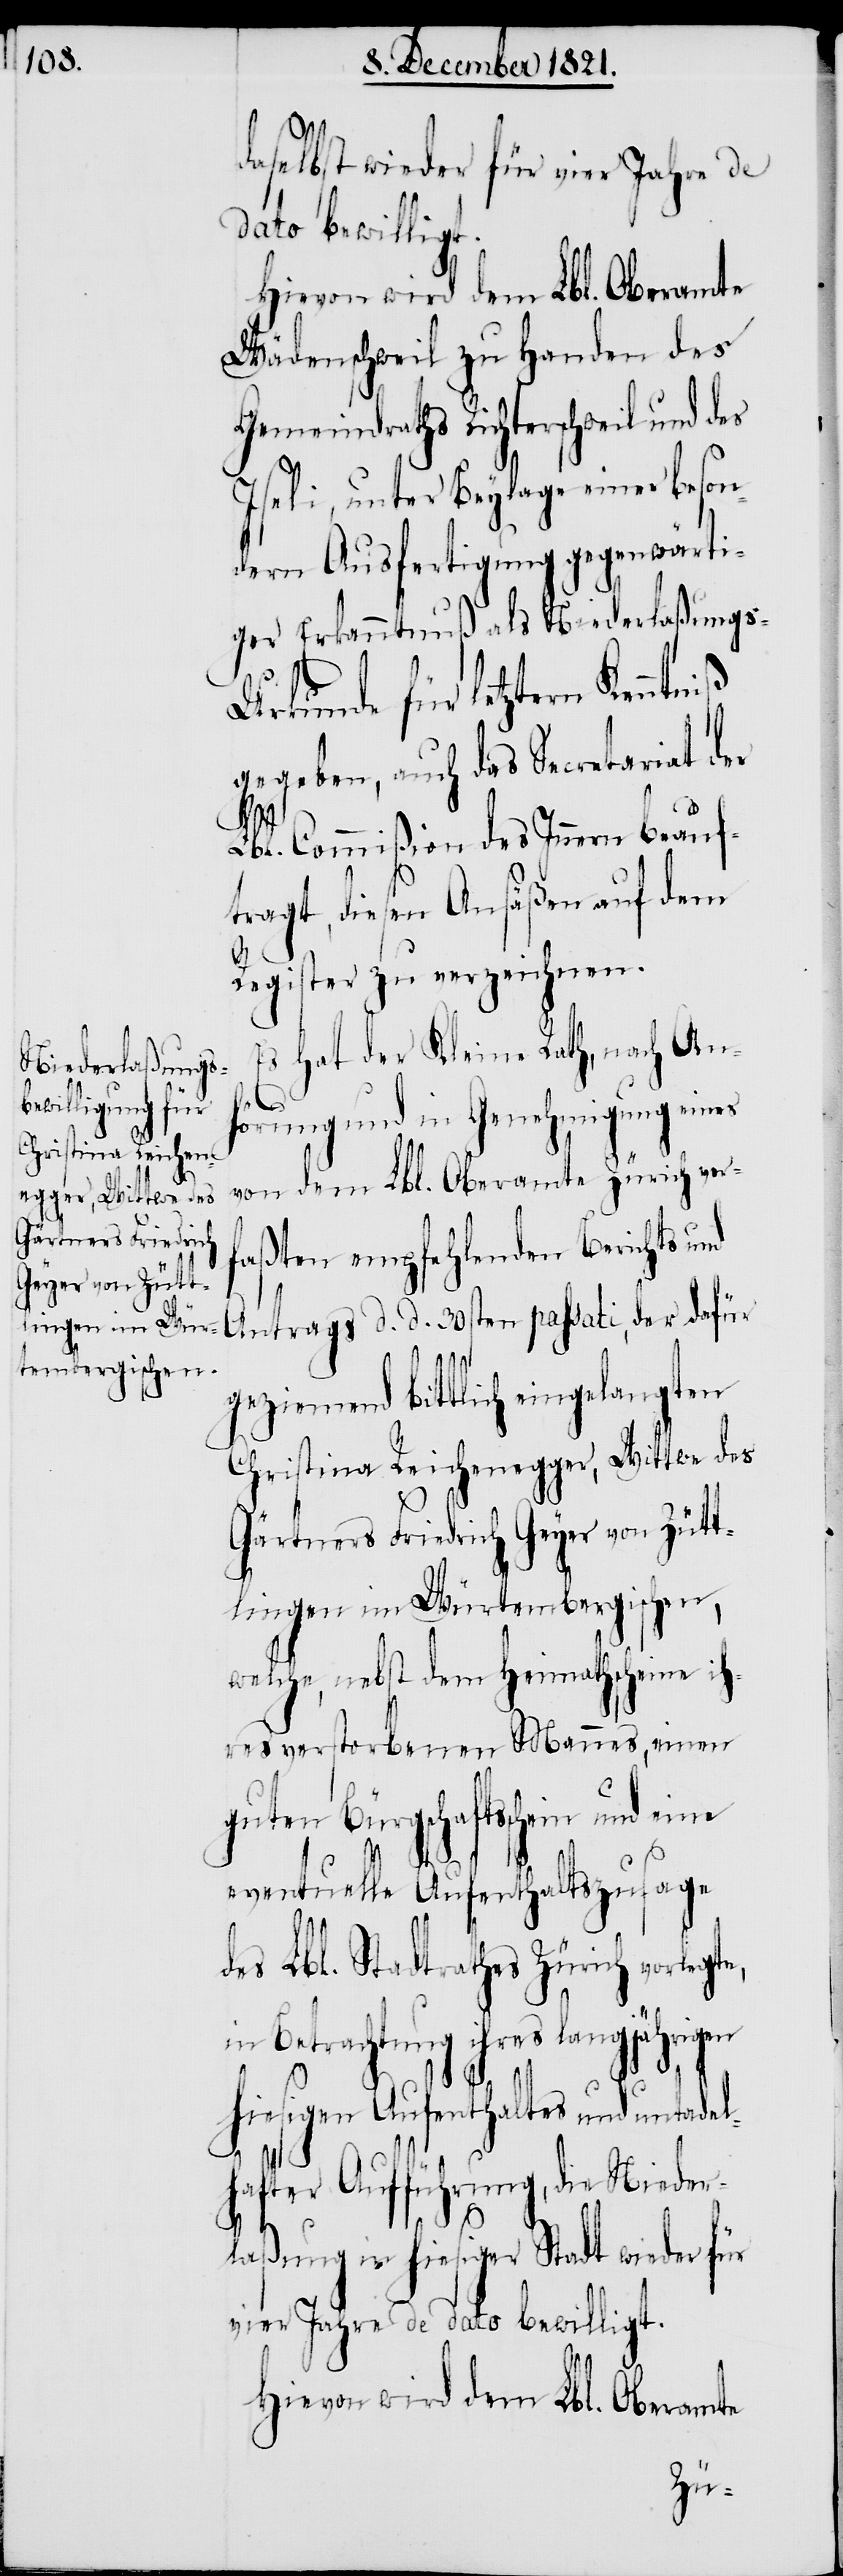
daselbst wieder für vier Jahre de
dato bewilligt.
Hievon wird dem Lbl. Oberamte
Wädenschweil zu Handen des
Gemeindraths Richterschweil und des
Iseli, unter Beylage einer beson¬
dern Ausfertigung gegenwärti¬
ger Erkanntnuß als Niederlaßungs-U¬
rkunde für letztern
gegeben, auch das Secretariat der
Lbl. Commißion des Innern beauf¬
tragt, diesen Ansäßen auf dem
Register zu verzeichnen.
Es hat der Kleine Rath, nach An¬
e,
en
hörung und in Genehmigung eines
von dem Lbl. Oberamte Zürich verf¬
aßten empfehlenden Berichts und
Antrags d. d. 30sten passati, der dafür
geziemend bittlich eingelangten
Christina Reichenegger, Wittwe des
Gärtners Friedrich Geyer von Zütt¬
lingen im Würtembergischen,
welche, nebst dem Heimathscheine ih¬
res verstorbenen Mannes, einen
guten Bürgschaftsschein und
eventuelle Aufenthaltszusage
des Lbl. Stadtrathes Zürich vorlegt¬
n Betrachtung ihres langjährig¬
hiesigen Aufenthaltes, die Niede¬
rlaßung in hiesiger Stadt wieder für
vier Jahre de dato bewilligt.
Hievon wird dem Lbl. Oberamte